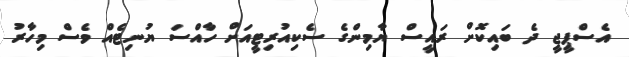
އެސްޕީޖީ ދެ ބައިކޮށް ރައީސް ޔާމިންގެ ސެކިއުރިޓީއަށް ހާއްސަ ޔުނިޓެއް ވެސް މިހާރު